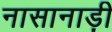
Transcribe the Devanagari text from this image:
नासानाड़ी